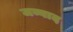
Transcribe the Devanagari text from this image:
जव्वाद